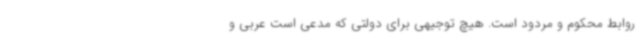
روابط محکوم و مردود است. هیچ توجیهی برای دولتی که مدعی است عربی و